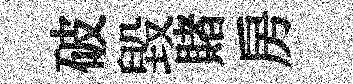
破毀賭房